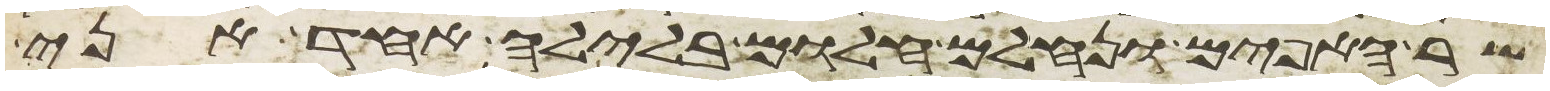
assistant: שר האפים ונחלם חלום בלילה אחד אני